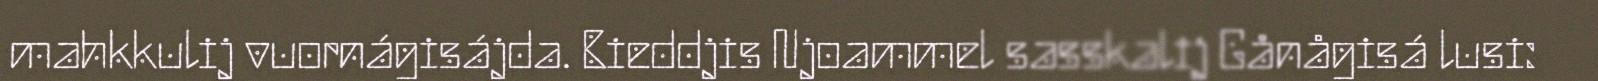
mahkkulij vuornágisájda. Bieddjis Njoammel sasskalij Gånågisá lusi: